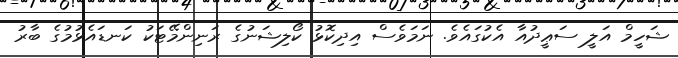
ޝަހީމް އަލީ ސަޢީދުއާ އެކުގައެވެ. ނަމަވެސް އިދިކޮޅު ކޯލިޝަނުގެ ރަނިންމޭޓަކު ކަނޑައެޅުމުގެ ބާރު